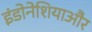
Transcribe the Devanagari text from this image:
इंडोनेशियाऔर